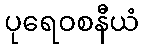
ပုရေဝစနီယံ